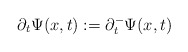
\begin{align*}\partial_t\Psi(x,t):=\partial_t^-\Psi(x,t)\end{align*}